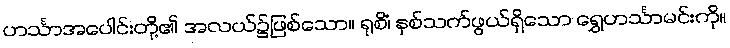
ဟင်္သာအပေါင်းတို့၏ အလယ်၌ဖြစ်သော။ ရုစိံ၊ နှစ်သက်ဖွယ်ရှိသော ရွှေဟင်္သာမင်းကို။